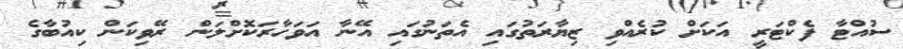
ސުއްޓާ ފެކްޓަރީ އަކަށް ކުރެއްވި ޒިޔާރަތުގައި އެތަނުގައި އޭނާ އަވަހާރަކޮށްލަން ރޭވިކަން ކިއުބާގެ